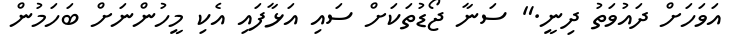
އަވަހަށް ދައުވަތު ދިނީ." ސަނާ ޖޯޑުތަކަށް ސައި އަޅާފައި އެކި މީހުންނަށް ބަހަމުން